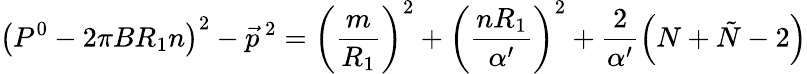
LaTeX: \left(P^{0}-2\pi BR_{1}n\right)^{2}-{\vec{p}}^{~2}=\left(\frac{m}{R_{1}}\right)^{2}+\left(\frac{nR_{1}}{\alpha^{\prime}}\right)^{2}+\frac{2}{\alpha^{\prime}}\left(N+\tilde{N}-2\right)